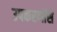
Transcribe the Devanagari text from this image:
उपकरणोंसे